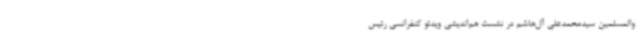
والمسلمین سیدمحمدعلی آل‌هاشم در نشست هم‌اندیشی ویدئو کنفرانسی رئیس